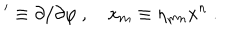
' \equiv \partial / \partial \varphi \ , \quad x _ { m } \equiv \eta _ { m n } x ^ { n } \ .